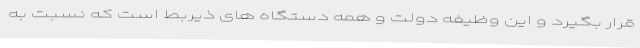
قرار بگیرد و این وظیفه دولت و همه دستگاه های ذیربط است که نسبت به